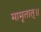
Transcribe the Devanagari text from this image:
मामृतात्॥